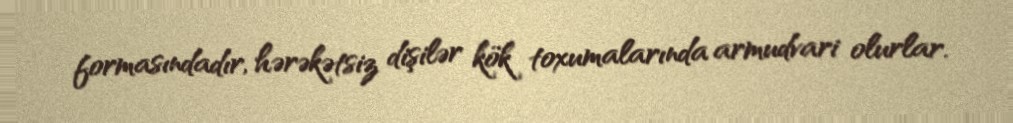
formasındadır, hərəkətsiz dişilər kök toxumalarında armudvari olurlar.